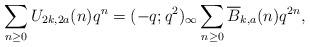
LaTeX: \begin{align*}\sum_{n\geq0}U_{2k,2a}(n)q^n=(-q;q^2)_\infty\sum_{n\geq 0}\overline{B}_{k,a}(n)q^{2n},\end{align*}